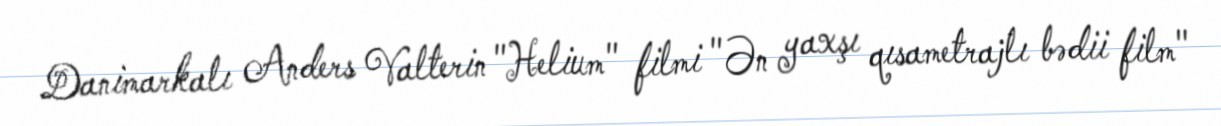
Danimarkalı Anders Valterin "Helium" filmi "Ən yaxşı qısametrajlı bədii film"